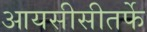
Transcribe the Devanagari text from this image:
आयसीसीतर्फे